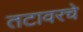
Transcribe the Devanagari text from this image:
तटावरचे